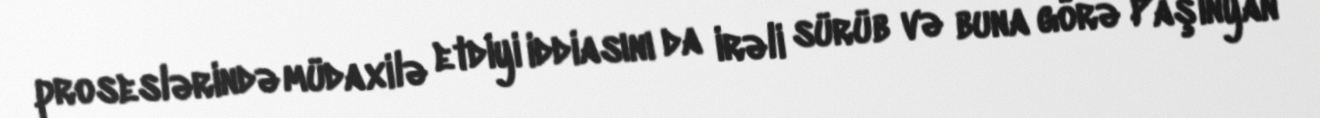
proseslərində müdaxilə etdiyi iddiasını da irəli sürüb və buna görə Paşinyan